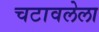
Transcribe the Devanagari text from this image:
चटावलेला